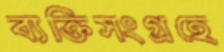
ব্যক্তিসংগ্রহে